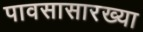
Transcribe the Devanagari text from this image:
पावसासारख्या